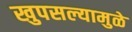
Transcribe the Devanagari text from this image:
खुपसल्यामुळे